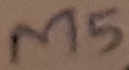
Text: M5